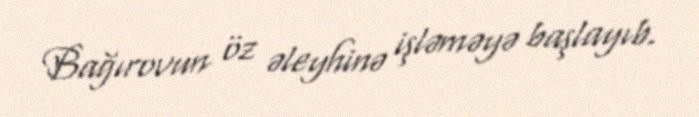
Bağırovun öz əleyhinə işləməyə başlayıb.